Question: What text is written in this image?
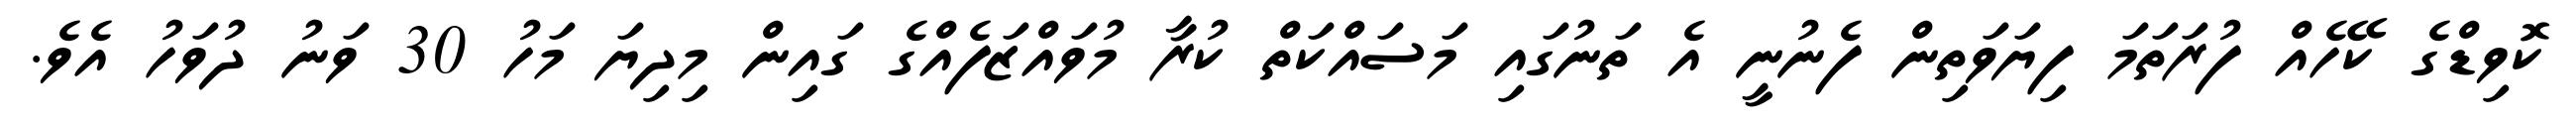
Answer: ކޮވިޑްގެ ކޭހެއް ފުރަތަމަ ފިޔަވަތިން ފެނުނީ އެ ތަނުގައި މަސައްކަތް ކުރާ މުވައްޒަފެއްގެ ގައިން މިދިޔަ މަހު 30 ވަނު ދުވަހު އެވެ.